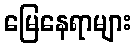
မြေနေရာများ